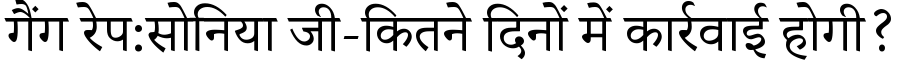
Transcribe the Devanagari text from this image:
गैंग रेप:सोनिया जी-कितने दिनों में कार्रवाई होगी?